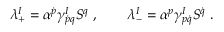
\lambda _ { + } ^ { I } = \alpha ^ { \dot { p } } \gamma _ { \dot { p } q } ^ { I } S ^ { q } \ , \qquad \lambda _ { - } ^ { I } = \alpha ^ { p } \gamma _ { p \dot { q } } ^ { I } S ^ { \dot { q } } \ .